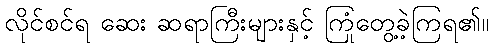
လိုင်စင်ရ ဆေး ဆရာကြီးများနှင့် ကြုံတွေ့ခဲ့ကြရ၏။